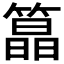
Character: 𮵸